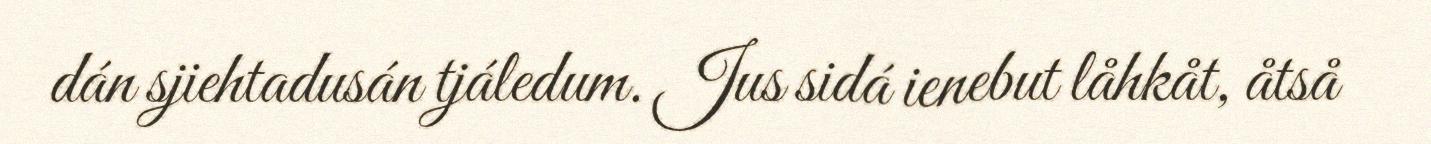
dán sjiehtadusán tjáledum. Jus sidá ienebut låhkåt, åtså